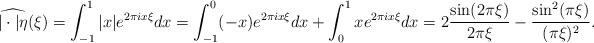
LaTeX: \begin{align*}\widehat{|\cdot|\eta}(\xi) = \int_{-1}^1|x|e^{2\pi ix\xi}dx=\int_{-1}^{0}(-x)e^{2\pi i x\xi}dx+\int_{0}^{1}xe^{2\pi i x\xi}dx= 2\frac{\sin(2\pi\xi)}{2\pi\xi}-\frac{\sin^2(\pi\xi)}{(\pi\xi)^2}.\end{align*}